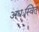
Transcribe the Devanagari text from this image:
अधःस्वित्